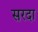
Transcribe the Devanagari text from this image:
सरदा